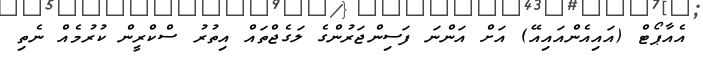
އެއާޕޯޓް (އައިއެންއައިއޭ) އަށް އަންނަ ފަސިންޖަރުންގެ ލަގެޖްތައް އިތުރު ސްކްރީން ކުރުމެއް ނެތި